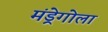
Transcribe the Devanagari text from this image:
मंड्रेगोला